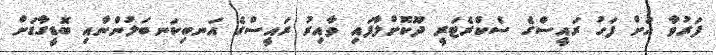
ފަރުވާ އަށް ފަހު ރައީސްގެ ސެކްރެޓަރީ ދޫކޮށްލާފައި ވާއިރު ރައީސްގެ އަނބިކަނބަލުންނާއި ބޮޑީގާޑަށް